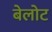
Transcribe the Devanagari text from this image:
बेलोट